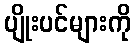
ပျိုးပင်များကို